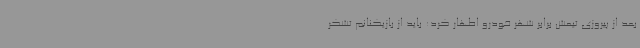
بعد از پیروزی تیمش برابر شهر خودرو اظهار کرد: باید از بازیکنانم تشکر